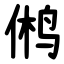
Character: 鸺